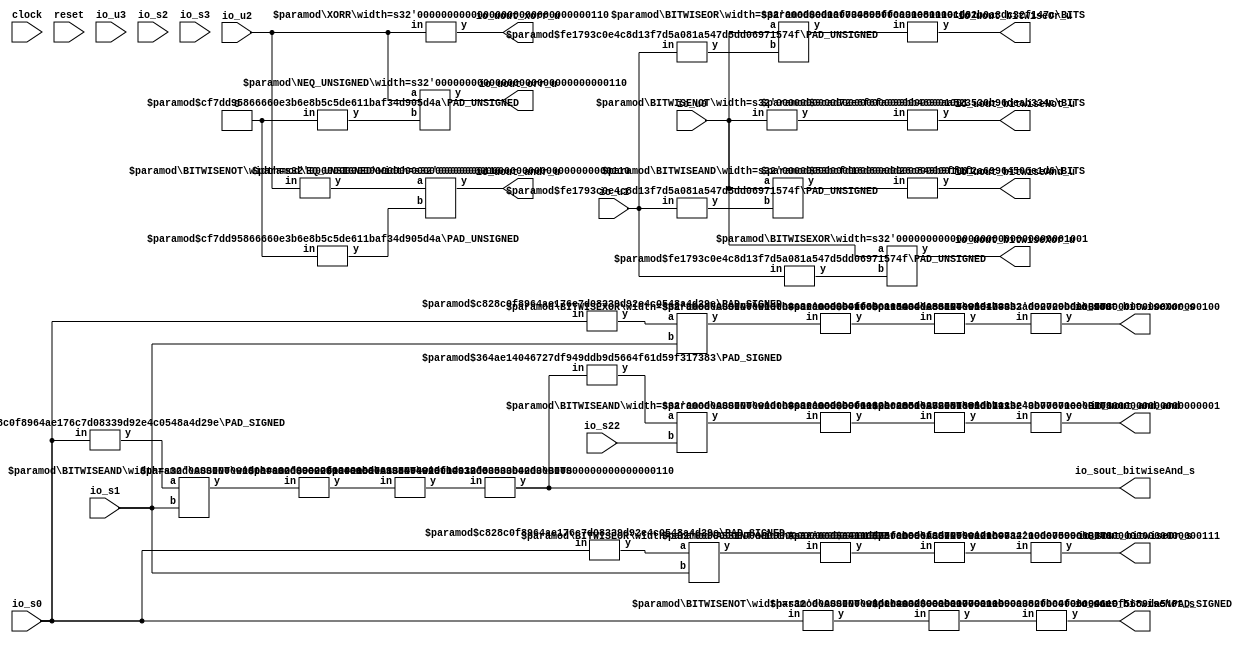
module LogicOp(
    input clock,
    input reset,
    input [8:0] io_u0,
    input [7:0] io_u1,
    input [5:0] io_s0,
    input [7:0] io_s1,
    input [6:0] io_s22,
    output [6:0] io_uout_bitwiseAnd_u,
    output [5:0] io_sout_bitwiseAnd_s,
    output [4:0] io_uout_bitwiseOr_u,
    output [6:0] io_sout_bitwiseOr_s,
    output [8:0] io_uout_bitwiseXor_u,
    output [3:0] io_sout_bitwiseXor_s,
    output [2:0] io_uout_bitwiseNot_u,
    output [9:0] io_sout_bitwiseNot_s,
    input [5:0] io_u2,
    input [7:0] io_u3,
    input [7:0] io_s2,
    input [5:0] io_s3,
    output io_uout_andr_u,
    output io_uout_orr_u,
    output io_uout_xorr_u,
    output io_uout_and_and
);
    wire [8:0] _T_47;
    wire [8:0] _WTEMP_0;
    PAD_UNSIGNED #(.width(8), .n(9)) u_pad_1 (
        .y(_WTEMP_0),
        .in(io_u1)
    );
    BITWISEAND #(.width(9)) bitwiseand_2 (
        .y(_T_47),
        .a(io_u0),
        .b(_WTEMP_0)
    );
    wire [7:0] _T_48;
    wire [7:0] _WTEMP_1;
    PAD_SIGNED #(.width(6), .n(8)) s_pad_3 (
        .y(_WTEMP_1),
        .in(io_s0)
    );
    BITWISEAND #(.width(8)) bitwiseand_4 (
        .y(_T_48),
        .a(_WTEMP_1),
        .b(io_s1)
    );
    wire [7:0] _T_49;
    ASSINT #(.width(8)) assint_5 (
        .y(_T_49),
        .in(_T_48)
    );
    wire [8:0] _T_50;
    wire [8:0] _WTEMP_2;
    PAD_UNSIGNED #(.width(8), .n(9)) u_pad_6 (
        .y(_WTEMP_2),
        .in(io_u1)
    );
    BITWISEOR #(.width(9)) bitwiseor_7 (
        .y(_T_50),
        .a(io_u0),
        .b(_WTEMP_2)
    );
    wire [7:0] _T_51;
    wire [7:0] _WTEMP_3;
    PAD_SIGNED #(.width(6), .n(8)) s_pad_8 (
        .y(_WTEMP_3),
        .in(io_s0)
    );
    BITWISEOR #(.width(8)) bitwiseor_9 (
        .y(_T_51),
        .a(_WTEMP_3),
        .b(io_s1)
    );
    wire [7:0] _T_52;
    ASSINT #(.width(8)) assint_10 (
        .y(_T_52),
        .in(_T_51)
    );
    wire [8:0] _T_53;
    wire [8:0] _WTEMP_4;
    PAD_UNSIGNED #(.width(8), .n(9)) u_pad_11 (
        .y(_WTEMP_4),
        .in(io_u1)
    );
    BITWISEXOR #(.width(9)) bitwisexor_12 (
        .y(_T_53),
        .a(io_u0),
        .b(_WTEMP_4)
    );
    wire [7:0] _T_54;
    wire [7:0] _WTEMP_5;
    PAD_SIGNED #(.width(6), .n(8)) s_pad_13 (
        .y(_WTEMP_5),
        .in(io_s0)
    );
    BITWISEXOR #(.width(8)) bitwisexor_14 (
        .y(_T_54),
        .a(_WTEMP_5),
        .b(io_s1)
    );
    wire [7:0] _T_55;
    ASSINT #(.width(8)) assint_15 (
        .y(_T_55),
        .in(_T_54)
    );
    wire [8:0] _T_56;
    BITWISENOT #(.width(9)) bitwisenot_16 (
        .y(_T_56),
        .in(io_u0)
    );
    wire [5:0] _T_57;
    BITWISENOT #(.width(6)) bitwisenot_17 (
        .y(_T_57),
        .in(io_s0)
    );
    wire [5:0] _T_58;
    ASSINT #(.width(6)) assint_18 (
        .y(_T_58),
        .in(_T_57)
    );
    wire [5:0] _T_59;
    BITWISENOT #(.width(6)) bitwisenot_19 (
        .y(_T_59),
        .in(io_u2)
    );
    wire _T_61;
    wire [5:0] _WTEMP_6;
    PAD_UNSIGNED #(.width(1), .n(6)) u_pad_20 (
        .y(_WTEMP_6),
        .in(1'h0)
    );
    EQ_UNSIGNED #(.width(6)) u_eq_21 (
        .y(_T_61),
        .a(_T_59),
        .b(_WTEMP_6)
    );
    wire _T_63;
    wire [5:0] _WTEMP_7;
    PAD_UNSIGNED #(.width(1), .n(6)) u_pad_22 (
        .y(_WTEMP_7),
        .in(1'h0)
    );
    NEQ_UNSIGNED #(.width(6)) u_neq_23 (
        .y(_T_63),
        .a(io_u2),
        .b(_WTEMP_7)
    );
    wire _T_64;
    XORR #(.width(6)) xorr_24 (
        .y(_T_64),
        .in(io_u2)
    );
    wire [6:0] _T_65;
    wire [6:0] _WTEMP_8;
    PAD_SIGNED #(.width(6), .n(7)) s_pad_25 (
        .y(_WTEMP_8),
        .in(io_sout_bitwiseAnd_s)
    );
    BITWISEAND #(.width(7)) bitwiseand_26 (
        .y(_T_65),
        .a(_WTEMP_8),
        .b(io_s22)
    );
    wire [6:0] _T_66;
    ASSINT #(.width(7)) assint_27 (
        .y(_T_66),
        .in(_T_65)
    );
    wire [5:0] _WTEMP_9;
    BITS #(.width(8), .high(5), .low(0)) bits_28 (
        .y(_WTEMP_9),
        .in(_T_49)
    );
    ASSINT #(.width(6)) assint_29 (
        .y(io_sout_bitwiseAnd_s),
        .in(_WTEMP_9)
    );
    PAD_SIGNED #(.width(6), .n(10)) s_pad_30 (
        .y(io_sout_bitwiseNot_s),
        .in(_T_58)
    );
    wire [6:0] _WTEMP_10;
    BITS #(.width(8), .high(6), .low(0)) bits_31 (
        .y(_WTEMP_10),
        .in(_T_52)
    );
    ASSINT #(.width(7)) assint_32 (
        .y(io_sout_bitwiseOr_s),
        .in(_WTEMP_10)
    );
    wire [3:0] _WTEMP_11;
    BITS #(.width(8), .high(3), .low(0)) bits_33 (
        .y(_WTEMP_11),
        .in(_T_55)
    );
    ASSINT #(.width(4)) assint_34 (
        .y(io_sout_bitwiseXor_s),
        .in(_WTEMP_11)
    );
    wire _WTEMP_12;
    BITS #(.width(7), .high(0), .low(0)) bits_35 (
        .y(_WTEMP_12),
        .in(_T_66)
    );
    ASSINT #(.width(1)) assint_36 (
        .y(io_uout_and_and),
        .in(_WTEMP_12)
    );
    assign io_uout_andr_u = _T_61;
    BITS #(.width(9), .high(6), .low(0)) bits_37 (
        .y(io_uout_bitwiseAnd_u),
        .in(_T_47)
    );
    BITS #(.width(9), .high(2), .low(0)) bits_38 (
        .y(io_uout_bitwiseNot_u),
        .in(_T_56)
    );
    BITS #(.width(9), .high(4), .low(0)) bits_39 (
        .y(io_uout_bitwiseOr_u),
        .in(_T_50)
    );
    assign io_uout_bitwiseXor_u = _T_53;
    assign io_uout_orr_u = _T_63;
    assign io_uout_xorr_u = _T_64;
endmodule //LogicOp
module PAD_UNSIGNED(y, in);
    parameter width = 4;
    parameter n = 4;
    output [(n > width ? n : width)-1:0] y;
    input [width-1:0] in;
    assign y = (n > width) ? {{(n - width){1'b0}}, in} : in;
endmodule // PAD_UNSIGNED
module BITWISEAND(y, a, b);
    parameter width = 4;
    output [width-1:0] y;
    input [width-1:0] a;
    input [width-1:0] b;
    assign y = a & b;
endmodule // BITWISEAND
module PAD_SIGNED(y, in);
    parameter width = 4;
    parameter n = 4;
    output [(n > width ? n : width)-1:0] y;
    input [width-1:0] in;
    assign y = n > width ? {{(n - width){in[width-1]}}, in} : in;
endmodule // PAD_SIGNED
module ASSINT(y, in);
    parameter width = 4;
    output [width-1:0] y;
    input [width-1:0] in;
    assign y = $signed(in);
endmodule // ASSINT
module BITWISEOR(y, a, b);
    parameter width = 4;
    output [width-1:0] y;
    input [width-1:0] a;
    input [width-1:0] b;
    assign y = a | b;
endmodule // BITWISEOR
module BITWISEXOR(y, a, b);
    parameter width = 4;
    output [width-1:0] y;
    input [width-1:0] a;
    input [width-1:0] b;
    assign y = a ^ b;
endmodule // BITWISEXOR
module BITWISENOT(y, in);
    parameter width = 4;
    output [width-1:0] y;
    input [width-1:0] in;
    assign y = ~in;
endmodule // BITWISENOT
module EQ_UNSIGNED(y, a, b);
    parameter width = 4;
    output y;
    input [width-1:0] a;
    input [width-1:0] b;
    assign y = a == b;
endmodule // EQ_UNSIGNED
module NEQ_UNSIGNED(y, a, b);
    parameter width = 4;
    output y;
    input [width-1:0] a;
    input [width-1:0] b;
    assign y = a != b;
endmodule // NEQ_UNSIGNED
module XORR(y, in);
    parameter width = 4;
    output y;
    input [width-1:0] in;
    assign y = ^in;
endmodule // XORR
module BITS(y, in);
    parameter width = 4;
    parameter high = 2;
    parameter low = 0;
    output [high-low:0] y;
    input [width-1:0] in;
    assign y = in[high:low];
endmodule // BITS